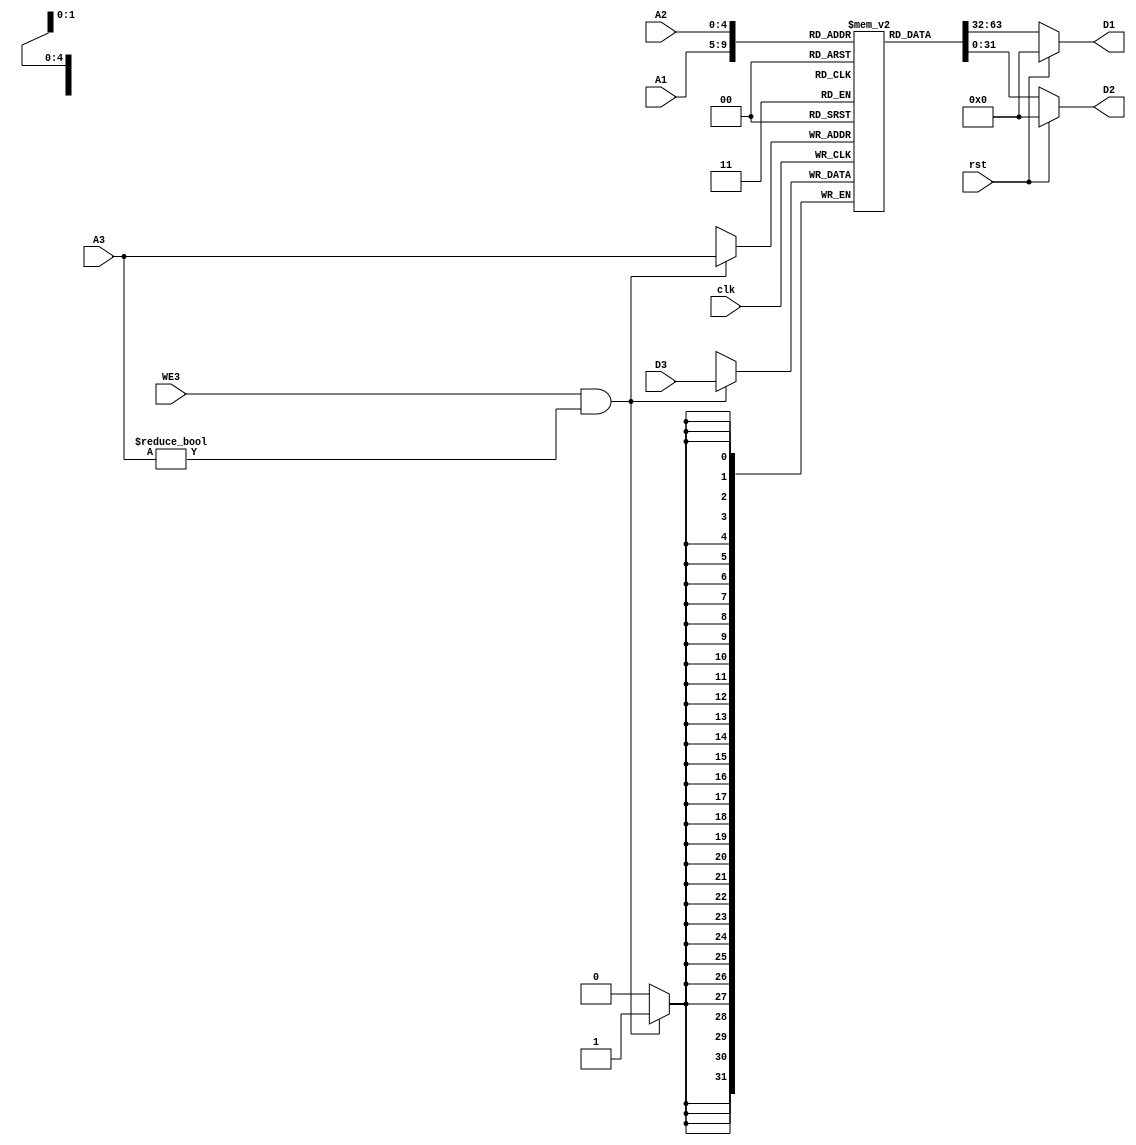
module RegisterFile(input clk,         output[31:0] D1,
                    input rst,         output[31:0] D2,
                    input[4:0] A1,
                    input[4:0] A2,
                    input[4:0] A3,
                    input WE3,
                    input[31:0] D3);

    reg[31:0] Registers[31:0];

    // Write on negative edge
    always @ (negedge clk) begin
        if(WE3 & (A3 != 5'h00)) begin
            Registers[A3] <= D3;
        end
    end

    assign D1 = rst ? 32'd0 : Registers[A1];
    assign D2 = rst ? 32'd0 : Registers[A2];

    initial begin
        Registers[0] = 32'h00000000;
    end

endmodule